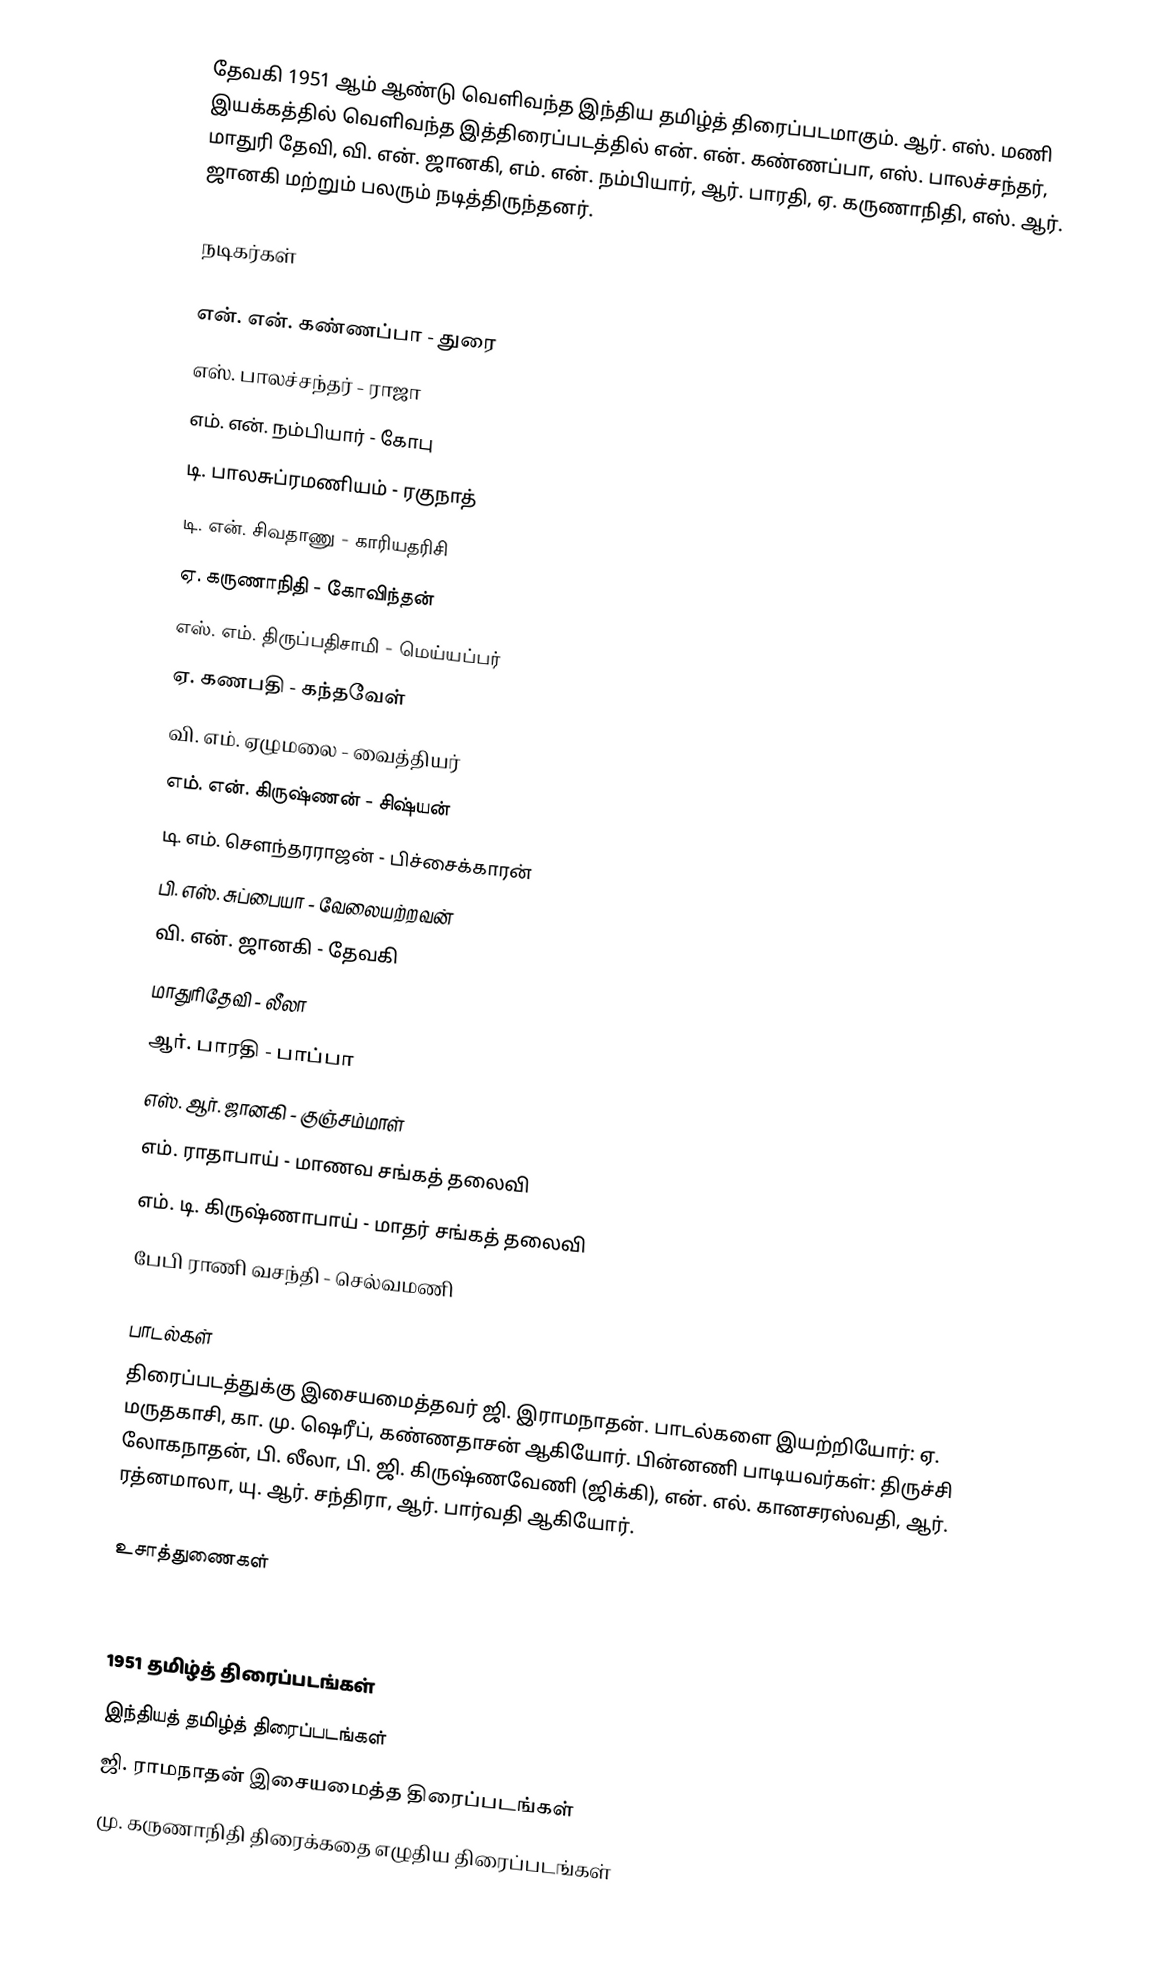
தேவகி 1951 ஆம் ஆண்டு வெளிவந்த இந்திய தமிழ்த் திரைப்படமாகும். ஆர். எஸ். மணி இயக்கத்தில் வெளிவந்த இத்திரைப்படத்தில் என். என். கண்ணப்பா, எஸ். பாலச்சந்தர், மாதுரி தேவி, வி. என். ஜானகி, எம். என். நம்பியார், ஆர். பாரதி, ஏ. கருணாநிதி, எஸ். ஆர். ஜானகி மற்றும் பலரும் நடித்திருந்தனர்.

நடிகர்கள்

என். என். கண்ணப்பா - துரை
எஸ். பாலச்சந்தர் - ராஜா
எம். என். நம்பியார் - கோபு
டி. பாலசுப்ரமணியம் - ரகுநாத்
டி. என். சிவதாணு - காரியதரிசி
ஏ. கருணாநிதி - கோவிந்தன்
எஸ். எம். திருப்பதிசாமி - மெய்யப்பர்
ஏ. கணபதி - கந்தவேள்
வி. எம். ஏழுமலை - வைத்தியர்
எம். என். கிருஷ்ணன் - சிஷ்யன்
டி. எம். சௌந்தரராஜன் - பிச்சைக்காரன்
பி. எஸ். சுப்பையா - வேலையற்றவன்
வி. என். ஜானகி - தேவகி
மாதுரிதேவி - லீலா
ஆர். பாரதி - பாப்பா
எஸ். ஆர். ஜானகி - குஞ்சம்மாள்
எம். ராதாபாய் - மாணவ சங்கத் தலைவி
எம். டி. கிருஷ்ணாபாய் - மாதர் சங்கத் தலைவி
பேபி ராணி வசந்தி - செல்வமணி

பாடல்கள்
திரைப்படத்துக்கு இசையமைத்தவர் ஜி. இராமநாதன். பாடல்களை இயற்றியோர்: ஏ. மருதகாசி, கா. மு. ஷெரீப், கண்ணதாசன் ஆகியோர். பின்னணி பாடியவர்கள்: திருச்சி லோகநாதன், பி. லீலா, பி. ஜி. கிருஷ்ணவேணி (ஜிக்கி), என். எல். கானசரஸ்வதி, ஆர். ரத்னமாலா, யு. ஆர். சந்திரா, ஆர். பார்வதி ஆகியோர்.

உசாத்துணைகள்

1951 தமிழ்த் திரைப்படங்கள்
இந்தியத் தமிழ்த் திரைப்படங்கள்
ஜி. ராமநாதன் இசையமைத்த திரைப்படங்கள்
மு. கருணாநிதி திரைக்கதை எழுதிய திரைப்படங்கள்